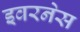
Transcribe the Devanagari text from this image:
इवरनेस